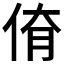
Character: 𠉈